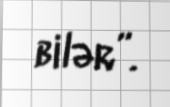
bilər”.